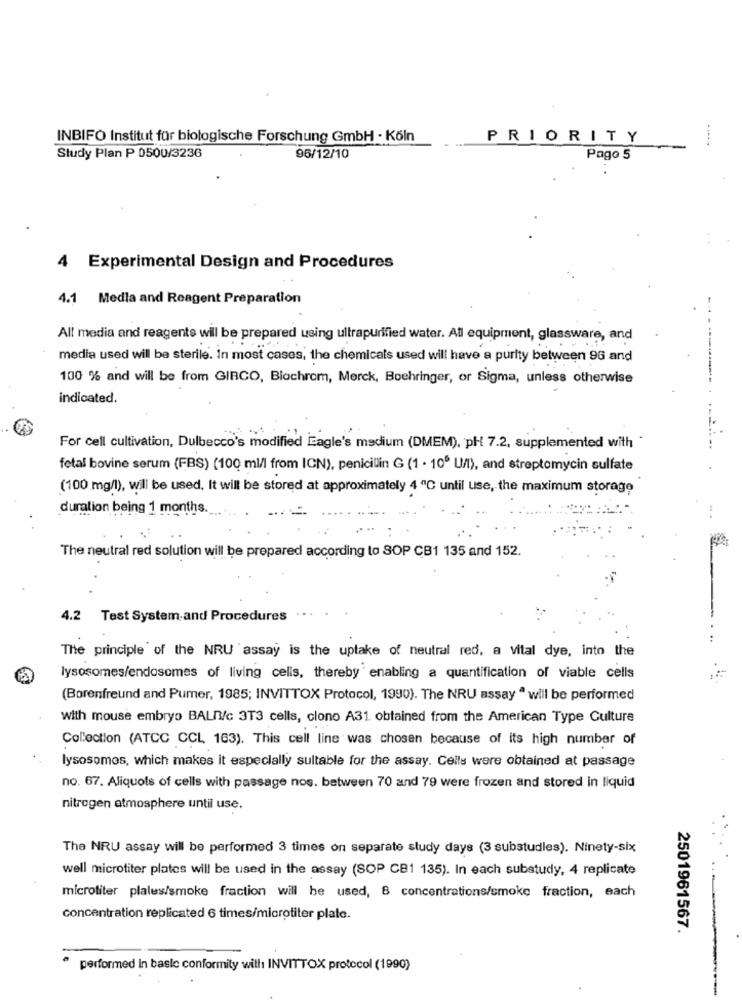
INBIFO Institut für biologische Forschung GmbH - Köln
PRIORITY
---.
Study Plan P 0500/3236
96/12/10
Pago 5
4 Experimental Design and Procedures
4.1 Media and Reagent Preparation
All media and reagente will be prepared using ultrapurified water. All equipment, glassware, and
media used will be sterile. In most cases, the chemicals used will have a purity between 96 and
100 % and will be from GIRCO, Biochrom, Merck, Boehringer, or Sigma, unless otherwise
---------- .
indicated.
For cell cultivation, Dulbecco's modified Eagle's medium (DMEM), pH 7.2, supplemented with *
. ..
fetal bovine serum (FBS) (100 ml/l from ICN), penicilin G (1 - 106 UM), and streptomycin sulfate
(100 mg/l), will be used. It will be stored at approximately 4 ℃ until use, the maximum storage
duration being 1 months.
The neutral red solution will be prepared according to SOP CB1 135 and 152.
4.2 Test System and Procedures
The principle of the NRU assay is the uptake of neutral red, a vital dye, into the
lysosomes/endosomes of living cells, thereby enabling a quantification of viable cells
(Borenfreund and Pumer, 1985; INVITTOX Protocol, 1990). The NRU assay " will be performed
with mouse embryo BALn/c 3T3 cells, clono A31. obtained from the American Type Culture
Collection (ATCC CCL 163). This cell line was chosen because of its high number of
lysosomes, which makes it especially sultable for the assay. Cells were obtained at passage
no. 67. Aliquots of cells with passage nos. between 70 and 79 were frozen and stored in liquid
nitrogen atmosphere until use.
The NRU assay will be performed 3 times on separate study days (3 substudies). Ninety-six
well microtiter plates will be used in the assay (SOP CB1 135). In each substudy, 4 replicate
microtiter plales/smoke fraction will be used, 8 concentrations/smoke fraction, each
concentration replicated 6 times/microtiter plate.
2501961567.
performed In basic conformity with INVITTOX protocol (1990)